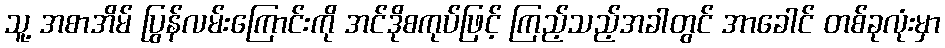
သူ့ အစာအိမ် ပြွန်လမ်းကြောင်းကို အင်ဒိုစကုပ်ဖြင့် ကြည့်သည့်အခါတွင် အာခေါင် တစ်ခုလုံးမှာ